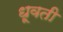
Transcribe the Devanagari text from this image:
धूवती